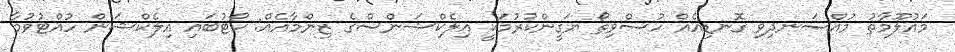
މައުލޫމާތު މުއްސަނދިވި ގޮނޑިއެއް ހުސްވިތޯ ޔަގީންކުރުމަކީ އިލެކްޝަންސްގެ ޒިންމާއެއް: ކޯޓުބައި އިލެކްޝަން ހުއްޓުވުމާ